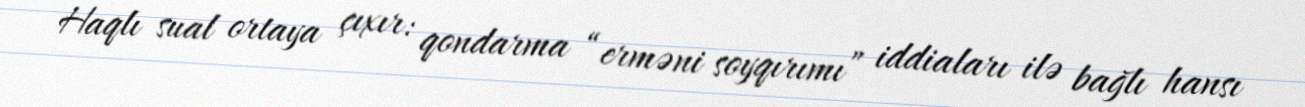
Haqlı sual ortaya çıxır: qondarma “erməni soyqırımı” iddiaları ilə bağlı hansı